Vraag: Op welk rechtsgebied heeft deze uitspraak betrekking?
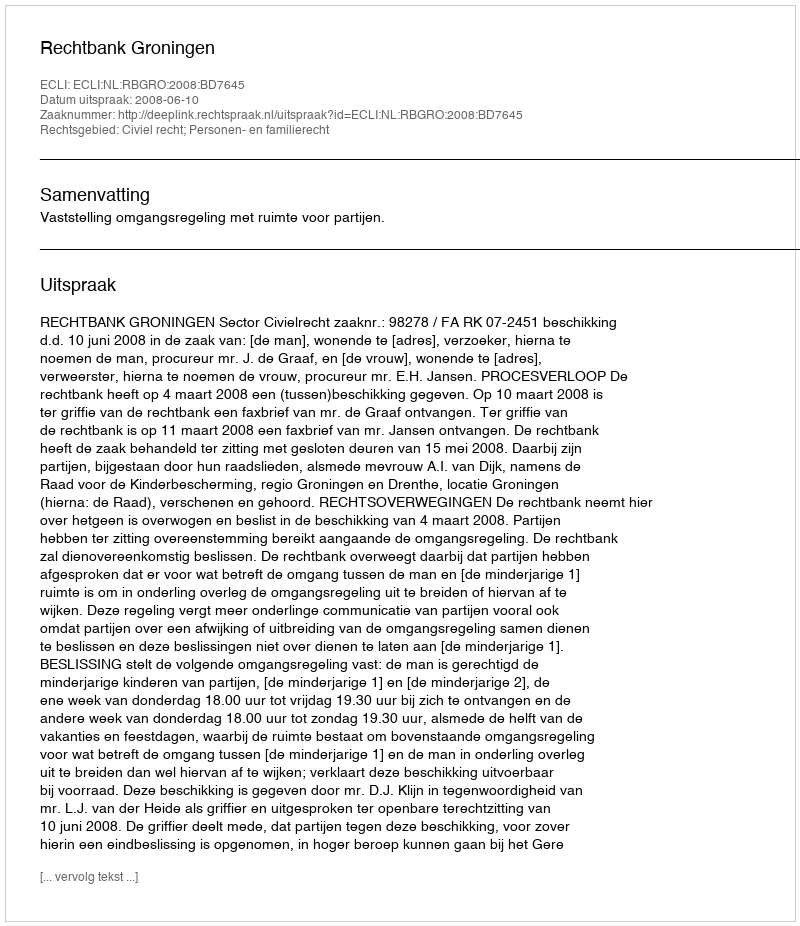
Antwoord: Civiel recht; Personen- en familierecht